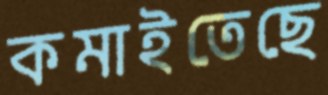
কমাইতেছে